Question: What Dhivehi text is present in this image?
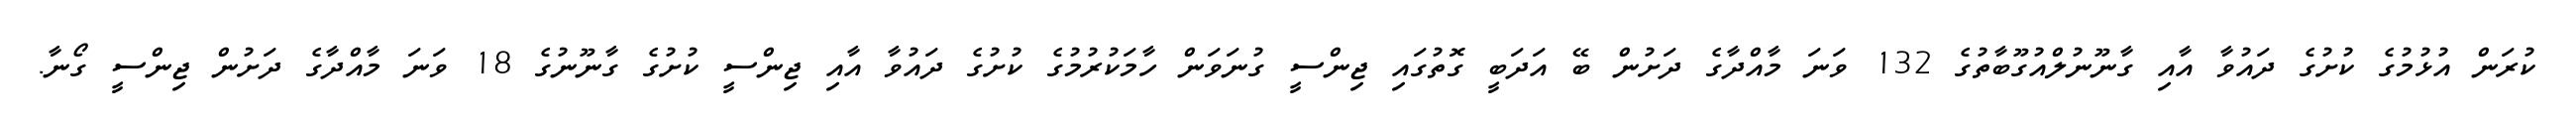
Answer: ކުރަން އުޅުމުގެ ކުށުގެ ދައުވާ އާއި ގާނޫނުލްއުގޫބާތުގެ 132 ވަނަ މާއްދާގެ ދަށުން ބޭ އަދަބީ ގޮތުގައި ޖިންސީ ގުނަވަން ހާމަކުރުމުގެ ކުށުގެ ދައުވާ އާއި ޖިންސީ ކުށުގެ ގާނޫނުގެ 18 ވަނަ މާއްދާގެ ދަށުން ޖިންސީ ގޯނާ.